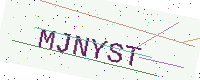
Text: MJNYST